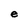
Character: e